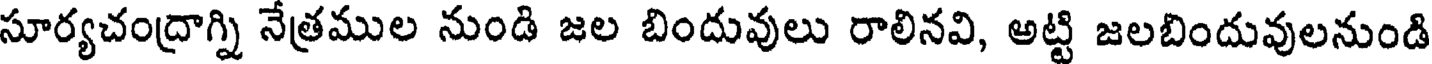
సూర్యచంద్రాగ్ని నేత్రముల నుండి జల బిందువులు రాలినవి, అట్టి జలబిందువులనుండి